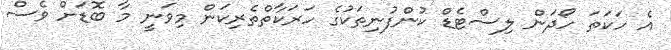
އެ ހަކަތަ ހޯދަން ލިސްޓެޑް ކުންފުނިތަކުގެ ހަރަކާތްތެރިކަން މިވަނީ މާ ބޮޑަށް ވެސް